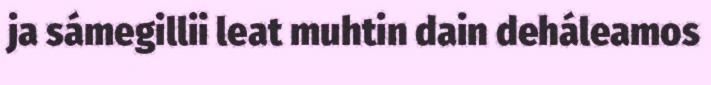
ja sámegillii leat muhtin dain deháleamos